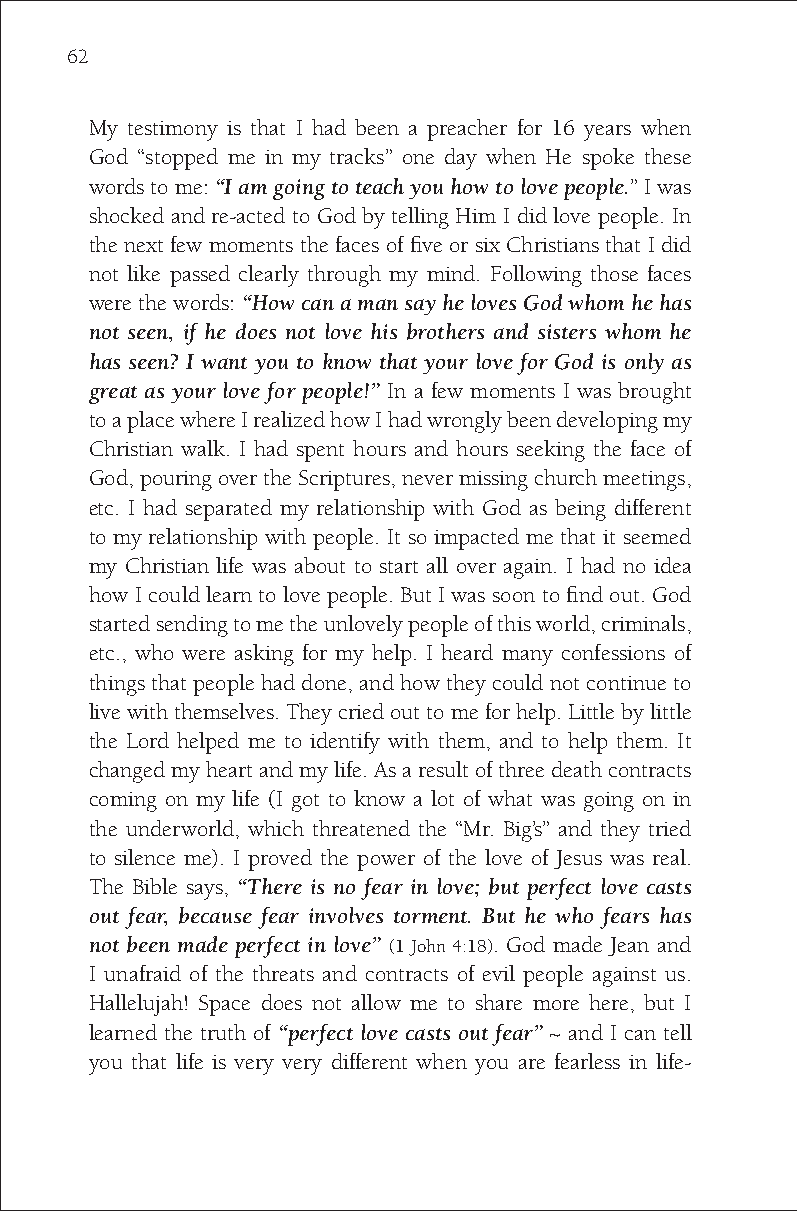
62
 My testimony is that I had been a preacher for 16 years when
 God “stopped me in my tracks” one day when He spoke these
 words to me: “I am going to teach you how to love people.” I was
 shocked and re-acted to God by telling Him I did love people. In
 the next few moments the faces of five or six Christians that I did
 not like passed clearly through my mind. Following those faces
 were the words: “How can a man say he loves God whom he has
 not seen, if he does not love his brothers and sisters whom he
 has seen? I want you to know that your love for God is only as
 great as your love for people!” In a few moments I was brought
 to a place where I realized how I had wrongly been developing my
 Christian walk. I had spent hours and hours seeking the face of
 God, pouring over the Scriptures, never missing church meetings,
 etc. I had separated my relationship with God as being different
 to my relationship with people. It so impacted me that it seemed
 my Christian life was about to start all over again. I had no idea
 how I could learn to love people. But I was soon to find out. God
 started sending to me the unlovely people of this world, criminals,
 etc., who were asking for my help. I heard many confessions of
 things that people had done, and how they could not continue to
 live with themselves. They cried out to me for help. Little by little
 the Lord helped me to identify with them, and to help them. It
 changed my heart and my life. As a result of three death contracts
 coming on my life (I got to know a lot of what was going on in
 the underworld, which threatened the “Mr. Big’s” and they tried
 to silence me). I proved the power of the love of Jesus was real.
 The Bible says, “There is no fear in love; but perfect love casts
 out fear, because fear involves torment. But he who fears has
 not been made perfect in love” (1 John 4:18). God made Jean and
 I unafraid of the threats and contracts of evil people against us.
 Hallelujah! Space does not allow me to share more here, but I
 learned the truth of “perfect love casts out fear” ~ and I can tell
 you that life is very very different when you are fearless in life-